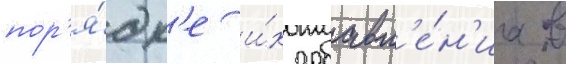
пор'я́дк'е и́х добавл'е́н'иа в